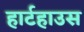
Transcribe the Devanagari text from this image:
हार्टहाउस